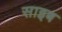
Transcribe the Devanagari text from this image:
साइब